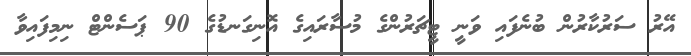
އޭރު ސަރުކާރުން ބުނެފައި ވަނީ ޓީޗަރުންގެ މުސާރައިގެ އޮނިގަނޑުގެ 90 ޕަސެންޓް ނިމިފައިވާ